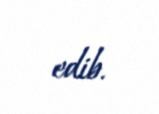
edib.